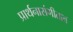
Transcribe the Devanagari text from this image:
प्रार्थनासंगीतात